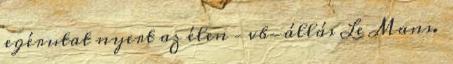
egérutat nyert az élen – vb-állás Le Mans.